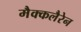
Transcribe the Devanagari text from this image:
मैक्कलैरेन